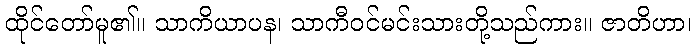
ထိုင်တော်မူ၏။ သာကိယာပန၊ သာကီဝင်မင်းသားတို့သည်ကား။ ဇာတိဟာ၊